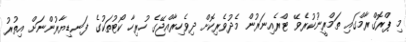
މި ޕްރޮގްރާމްގައި ތަމްރީނުކުރެވޭ ޓްރެއިނަރުން މެދުވެރިކޮށް ދިވެހިރާއްޖޭގެ ހުރިހާ ކޯޓުތަކުގެ ފަނޑިޔާރުންނަށް އިތުރު